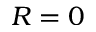
R = 0